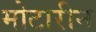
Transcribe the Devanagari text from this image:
मोटारीन